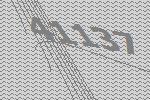
41137